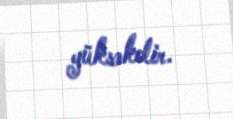
yüksəkdir.